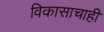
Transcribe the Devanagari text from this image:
विकासाचाही